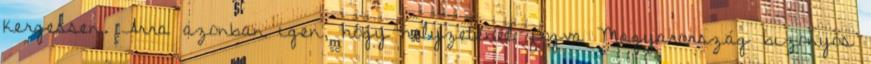
kergessen. Arra azonban igen, hogy helyzeténél fogva Magyarország bizonyos